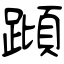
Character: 蹞